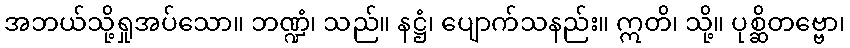
အဘယ်သို့ရှုအပ်သော။ ဘဏ္ဍံ၊ သည်။ နဋ္ဌံ၊ ပျောက်သနည်း။ ဣတိ၊ သို့။ ပုစ္ဆိတဗ္ဗော၊